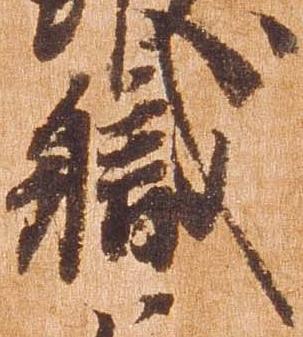
職